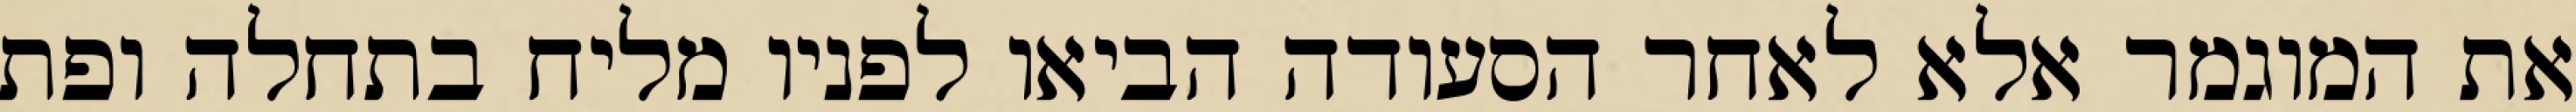
את המוגמר אלא לאחר הסעודה הביאו לפניו מליח בתחלה ופת